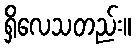
ရှိလေသတည်း။